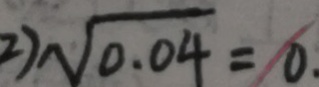
2 ) \sqrt { 0 . 0 4 } = 0 .